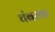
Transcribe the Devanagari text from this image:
चंबरक